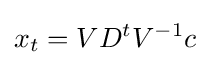
x_{t}=VD^{t}V^{-1}c